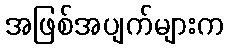
အဖြစ်အပျက်များက